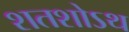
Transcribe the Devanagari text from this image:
शतशोऽथ